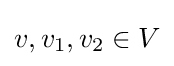
v,v_{1},v_{2}\in V